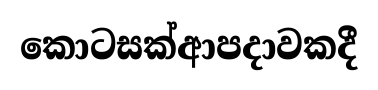
කොටසක්ආපදාවකදී